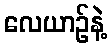
လေယာဉ်နဲ့